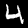
Digit: 4